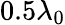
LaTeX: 0.5\lambda_{0}